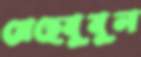
মেহেবুবুল